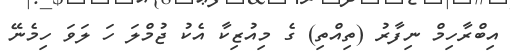
އިބްރާހިމް ނިފާރު (ތިއްތި) ގެ މިއުޒިކާ އެކު ޖުމްލަ ހަ ލަވަ ހިމެނޭ